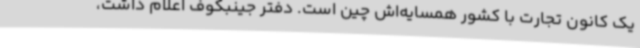
یک کانون تجارت با کشور همسایه‌اش چین است. دفتر جینبکوف اعلام داشت،